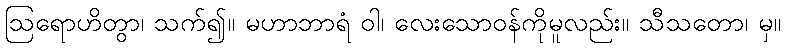
ဩရောဟိတွာ၊ သက်၍။ မဟာဘာရံ ဝါ၊ လေးသောဝန်ကိုမူလည်း။ သီသတော၊ မှ။